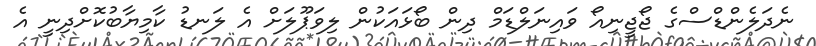
ނެދަލެންޑްސްގެ ޖޯޖީނިއޯ ވައިނަލްޑަމް ދިން ބޯޅައަކުން ލިވަޕޫލަށް އެ ލަނޑު ކާމިޔާބުކޮށްދިނީ އެ